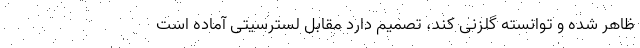
ظاهر شده و توانسته گلزنی کند، تصمیم دارد مقابل لسترسیتی آماده است